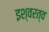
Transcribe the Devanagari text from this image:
इश्वरत्व